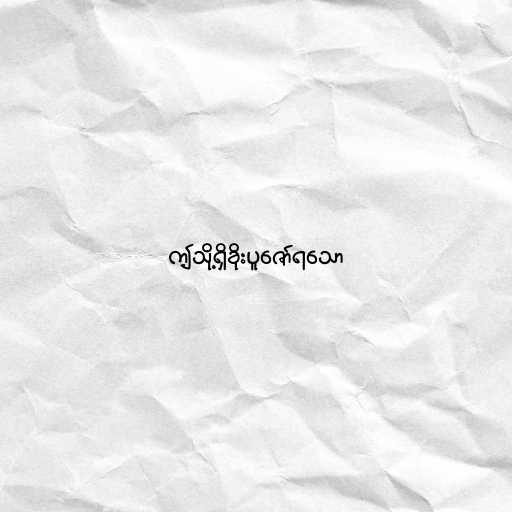
ဤသို့ရှိခိုးပူဇော်ရသော